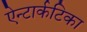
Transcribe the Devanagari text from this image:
ऐन्टार्कटिका